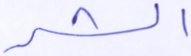
الشر